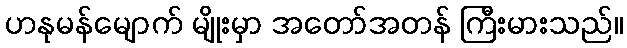
ဟနုမန်မျောက် မျိုးမှာ အတော်အတန် ကြီးမားသည်။